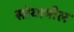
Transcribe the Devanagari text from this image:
सोयामील